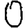
Digit: 0